Report of the Municipal Commissioner on the plague in Bombay for the year ending 31st May... - Volume 2
Disease focus: Plague
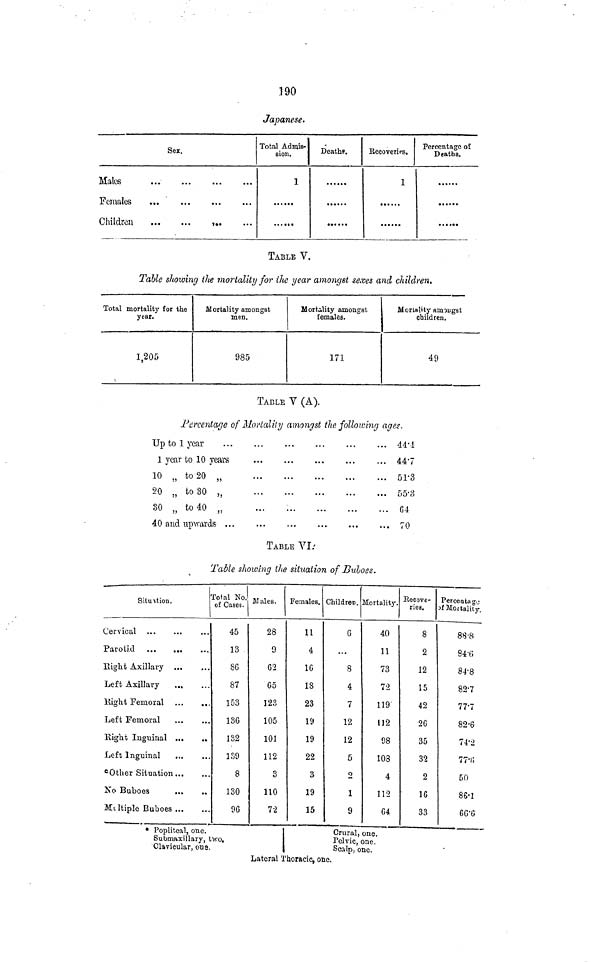
190
Japanese.
Sex.
Hales
Females
Children
Total Admis-
sion.
1
Deaths.
Recoveries.
1
Percentage of
Deatbs.
TABLE V.
Table showing the mortality for the year amongst sexes and children.
Total mortality for the
year.
1,205
Mortality amongst
men.
985
Mortality amongst
females.
171
Mortality amongst
children.
49
TABLE V (A).
Percentage of Mortality amongst the following ages.
Up to 1 year
1 year to 10 years
10 „ to 20
20 „ to 30
30 „ to 40
40 and upwards ...
44·4
44·7
51·3
55·8
64
70
TABLE VI
Table showing the situation of Buboes.
Situation
Cervical
Parotid
Right Axillary
Left Axillary
Right Femoral
Left Femoral
Right Inguinal
Left Inguinal
...
...
...
...
...
...
...
...
Other Situation ...
No Buboes
...
Multiple Buboes ...
Total No.
of Cases.
...
...
...
...
...
**
...
...
••
...
45
13
86
87
153
136
132
139
8
130
96
Males.
28
9
62
&5
123
105
101
112
3
110
7-2
Females.
11
4
16
18
23
19
19
22
3
19
15
Children.
G
8
4
7
12
12
5
2
1
9
Mortality.
4.0
11
73
72
119
112
98
108
4
112
64
Recove-
ries.
8
2
12
15
42
26
35
32
2
16
33
Percentage
of Mortality.
88·8
84·6
84·8
82·7
77·7
82·6
74·2
77·7
50
86·1
66·6
* Popliteal, one.
Submaxillary, two.
Clavicular, one.
Lateral Thoracic, one.
Crural, one.
Pelvic, one.
Scalp, one.